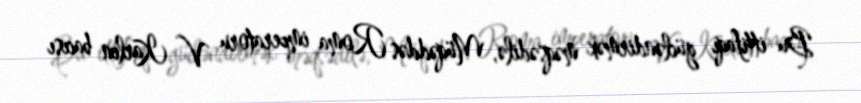
Bu ittifaqı gücləndirmək məqsədilə, Müqəddəs Roma imperatoru V Karlın bacısı